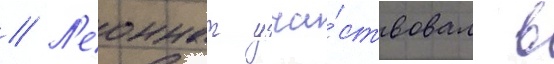
// Л'еоннат уча́ствовал в